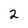
Character: 2